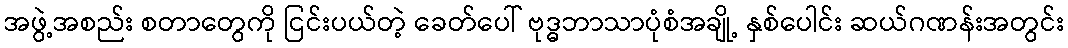
အဖွဲ့အစည်း စတာတွေကို ငြင်းပယ်တဲ့ ခေတ်ပေါ် ဗုဒ္ဓဘာသာပုံစံအချို့ နှစ်ပေါင်း ဆယ်ဂဏန်းအတွင်း